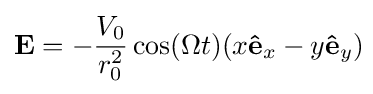
\mathbf {E} =-{\frac {V_{0}}{r_{0}^{2}}}\cos(\Omega t)(x\mathbf {\hat {e}} _{x}-y\mathbf {\hat {e}} _{y})\!